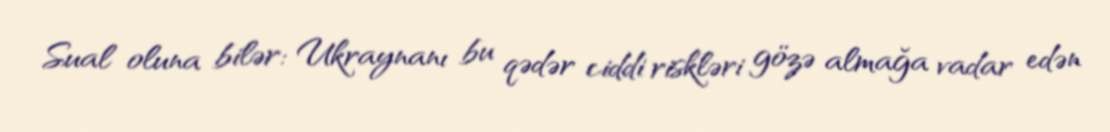
Sual oluna bilər: Ukraynanı bu qədər ciddi riskləri gözə almağa vadar edən